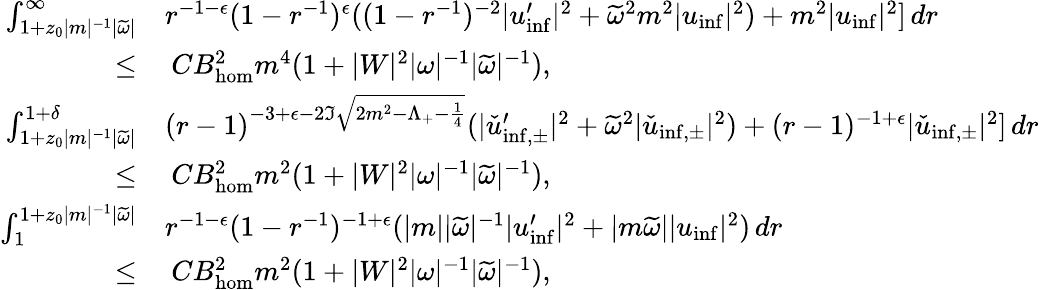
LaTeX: \begin{array}{rl}{\int_{1+z_{0}|m|^{-1}|\widetilde{\omega}|}^{\infty}}&{r^{-1-\epsilon}(1-r^{-1})^{\epsilon}((1-r^{-1})^{-2}|u_{\mathrm{inf}}^{\prime}|^{2}+\widetilde{\omega}^{2}m^{2}|u_{\mathrm{inf}}|^{2})+m^{2}|u_{\mathrm{inf}}|^{2}]\, dr}\\ {\leq}&{\: CB_{\mathrm{hom}}^{2}m^{4}(1+|W|^{2}|\omega|^{-1}|\widetilde{\omega}|^{-1}),}\\ {\int_{1+z_{0}|m|^{-1}|\widetilde{\omega}|}^{1+\delta}}&{(r-1)^{-3+\epsilon-2\Im\sqrt{2m^{2}-\Lambda_{+}-\frac{1}{4}}}(|\check{u}_{\mathrm{inf,\pm}}^{\prime}|^{2}+\widetilde{\omega}^{2}|\check{u}_{\mathrm{inf,\pm}}|^{2})+(r-1)^{-1+\epsilon}|\check{u}_{\mathrm{inf,\pm}}|^{2}]\, dr}\\ {\leq}&{\: CB_{\mathrm{hom}}^{2}m^{2}(1+|W|^{2}|\omega|^{-1}|\widetilde{\omega}|^{-1}),}\\ {\int_{1}^{1+z_{0}|m|^{-1}|\widetilde{\omega}|}}&{r^{-1-\epsilon}(1-r^{-1})^{-1+\epsilon}(|m||\widetilde{\omega}|^{-1}|u_{\mathrm{inf}}^{\prime}|^{2}+|m\widetilde{\omega}||u_{\mathrm{inf}}|^{2})\, dr}\\ {\leq}&{\: CB_{\mathrm{hom}}^{2}m^{2}(1+|W|^{2}|\omega|^{-1}|\widetilde{\omega}|^{-1}),}\end{array}